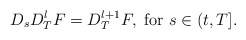
\begin{align*}D_{s}D_{T}^{l}F=D_{T}^{l+1}F,~\mbox{for}~s\in (t,T].\end{align*}